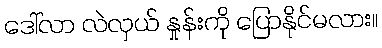
ဒေါ်လာ လဲလှယ် နှုန်းကို ပြောနိုင်မလား။